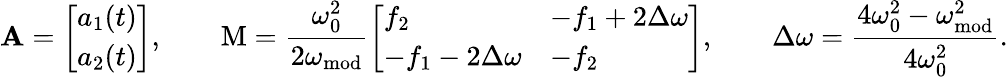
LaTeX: \mathbf{A}=\left[\begin{array}{l}{a_{1}(t)}\\ {a_{2}(t)}\end{array}\right],\qquad\mathrm{M}=\frac{\omega_{0}^{2}}{2\omega_{\mathrm{mod}}}\left[\begin{array}{ll}{f_{2}}&{-f_{1}+2\Delta\omega}\\ {-f_{1}-2\Delta\omega}&{-f_{2}}\end{array}\right],\qquad\Delta\omega=\frac{4\omega_{0}^{2}-\omega_{\mathrm{mod}}^{2}}{4\omega_{0}^{2}}.